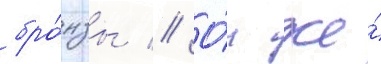
бро́нзы // О́н же́